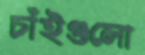
চাঁইগুলো